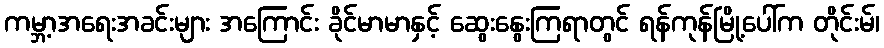
ကမ္ဘာ့အရေးအခင်းများ အကြောင်း ခိုင်မာမာနှင့် ဆွေးနွေးကြရာတွင် ရန်ကုန်မြို့ပေါ်က တိုင်းမ်၊